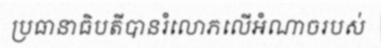
ប្រធានាធិបតីបានរំលោភលើអំណាចរបស់